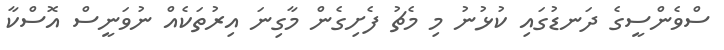
ސްވެންސީގެ ދަނޑުގައި ކުޅުނު މި މެޗު ފެށިގެން މާގިނަ އިރުތަކެއް ނުވަނީސް އޮސްކާ